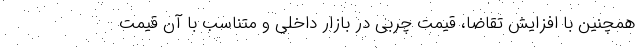
همچنین با افزایش تقاضا، قیمت چربی در بازار داخلی و متناسب با آن قیمت